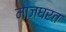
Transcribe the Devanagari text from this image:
माजघरत